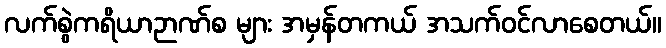
လက်စွဲကရိယာဉာဏ်စ များ အမှန်တကယ် အသက်ဝင်လာစေတယ်။